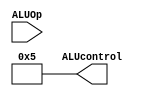
`timescale 1ns/100ps

module ALU_ControlUnit(ALUOp, ALUcontrol);
  input [1:0] ALUOp;
  output [3:0] ALUcontrol;
  
  assign ALUcontrol = (ALUOp == 2'b10) ? 4'b0101 : 4'b0101;
  
endmodule